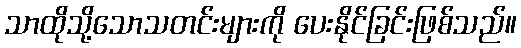
သာထိုသို့သောသတင်းများကို ပေးနိုင်ခြင်းဖြစ်သည်။